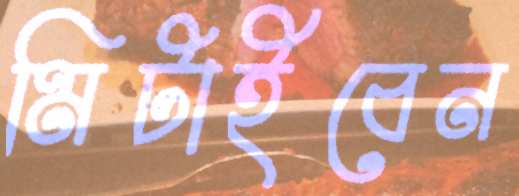
মিটাইবেন